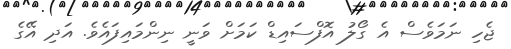
ޖެހި ނަމަވެސް އެ ގޯލު އޮފްސައިޑް ކަމަށް ވަނީ ނިންމައިފައެވެ. އަދި އޭގެ